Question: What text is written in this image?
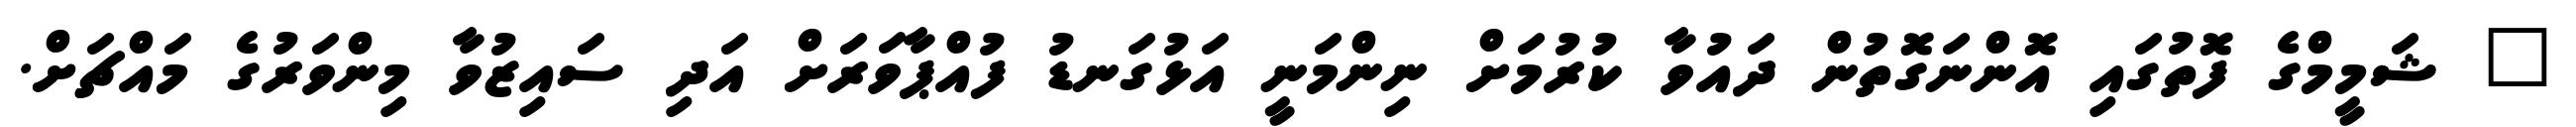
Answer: " ޝަމީމްގެ ފޮތުގައި އޮންނަގޮތުން ދައުވާ ކުރުމަށް ނިންމަނީ އަޅުގަނޑު ފުއްޕާވަރަށް އަދި ސައިޒުވާ މިންވަރުގެ މައްޗަށް.